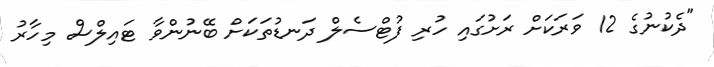
"ދެކުނުގެ 12 ވަރަކަށް ރަށުގައި ހުރި ފުޓްސެލް ދަނޑުތަކަށް ބޭނުންވާ ޓައިލްސް މިހާރު